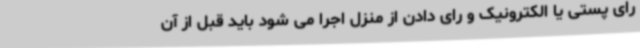
رای پستی یا الکترونیک و رای دادن از منزل اجرا می شود باید قبل از آن